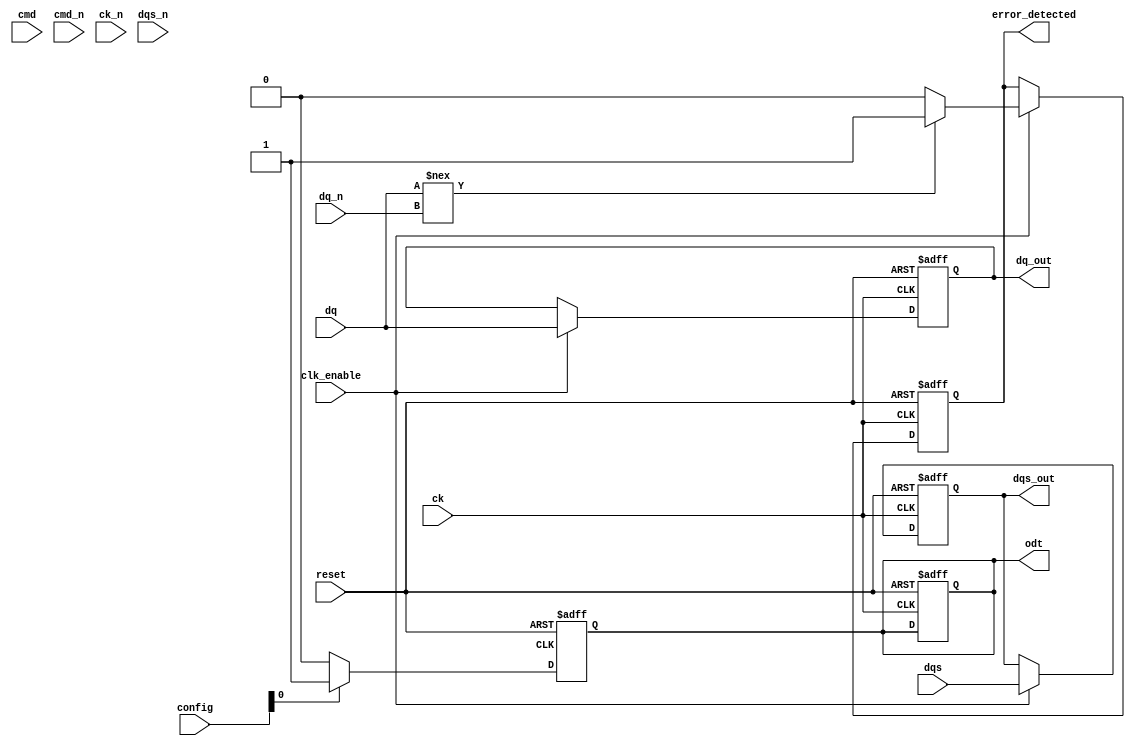
module lpddr4_io_block (
    input wire [DQ_WIDTH-1:0] dq,          // Data lines
    input wire [DQ_WIDTH-1:0] dq_n,        // Inverted data lines
    input wire cmd,                         // Command line
    input wire cmd_n,                       // Inverted command line
    input wire ck,                          // Clock line
    input wire ck_n,                        // Inverted clock line
    input wire dqs,                         // Data strobe
    input wire dqs_n,                       // Inverted data strobe
    output wire [DQ_WIDTH-1:0] dq_out,     // Output data lines
    output wire dqs_out,                    // Output data strobe
    output wire odt,                        // On-die termination
    input wire [CONFIG_WIDTH-1:0] config,  // Configuration registers
    input wire clk_enable,                  // Clock enable
    input wire reset,                       // Reset signal
    output wire error_detected              // Error detection signal
);

parameter DQ_WIDTH = 8;                    // Number of data lines
parameter CONFIG_WIDTH = 4;                // Configuration register width

// Internal signals
reg [DQ_WIDTH-1:0] dq_reg;
reg dqs_reg;
reg odt_reg;
reg error_reg;

// Clock gating logic
always @(posedge ck or negedge reset) begin
    if (!reset) begin
        dq_reg <= 0;
        dqs_reg <= 0;
        odt_reg <= 0;
        error_reg <= 0;
    end else if (clk_enable) begin
        // Data transfer logic
        dq_reg <= dq; // Capture data on rising edge
        dqs_reg <= dqs; // Capture DQS on rising edge
        // Error detection logic (simplified)
        if (dq !== dq_n) begin
            error_reg <= 1; // Error detected
        end else begin
            error_reg <= 0; // No error
        end
    end
end

// Output assignments
assign dq_out = dq_reg;
assign dqs_out = dqs_reg;
assign odt = odt_reg; // ODT control logic can be added based on config
assign error_detected = error_reg;

// Configuration control logic (simplified)
always @(posedge clk or negedge reset) begin
    if (!reset) begin
        odt_reg <= 0; // Default ODT state
    end else begin
        // Example: Set ODT based on configuration
        if (config[0]) begin
            odt_reg <= 1; // Enable ODT
        end else begin
            odt_reg <= 0; // Disable ODT
        end
    end
end

endmodule